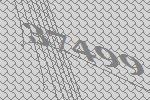
37499